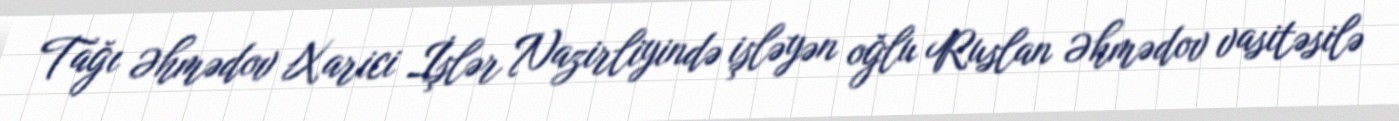
Tağı Əhmədov Xarici İşlər Nazirliyində işləyən oğlu Ruslan Əhmədov vasitəsilə